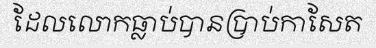
ដែលលោកធ្លាប់បានប្រាប់កាសែត